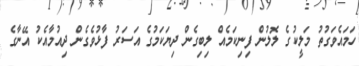
ހަމައެވަގުތު މަލީކުގެ ލޮލުން ފިނިކަމެއް ލިބިގެން ދިޔަކަމުގެ އަސަރު ފާޅުވެގެން ދިއުމާއެކު އޭނާގެ